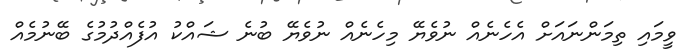
ވީމައި ތިމަންނައަށް އެހެނެއް ނުވެޔޭ މިހެނެއް ނުވެޔޭ ބުނެ ޝައްކު އުފެއްދުމުގެ ބޭނުމެއް